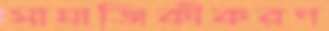
সামাজিকীকরণ